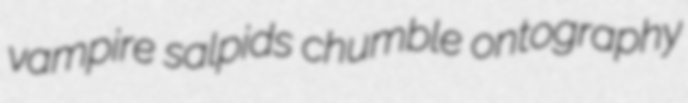
vampire salpids chumble ontography